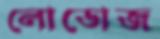
লোডোজ